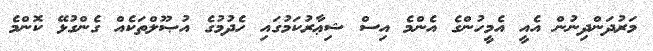
މަރުދަންދިނުން އެއީ އެމީހުންގެ އެންމެ އިސް ޝިޢާރުކަމުގައި ހެދުމުގެ އުޞޫލްތަކެއް ގެންގުޅޭ ކޮންމެ